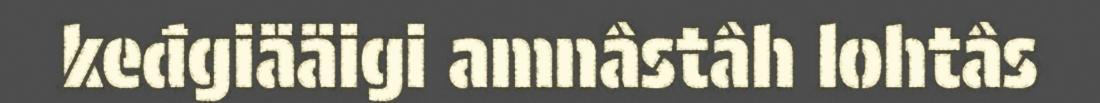
keđgiääigi amnâstâh lohtâs